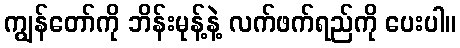
ကျွန်တော်ကို ဘိန်းမုန့်နဲ့ လက်ဖက်ရည်ကို ပေးပါ။